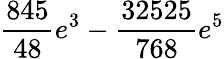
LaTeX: \frac{845}{48}e^{3}-\frac{32525}{768}e^{5}